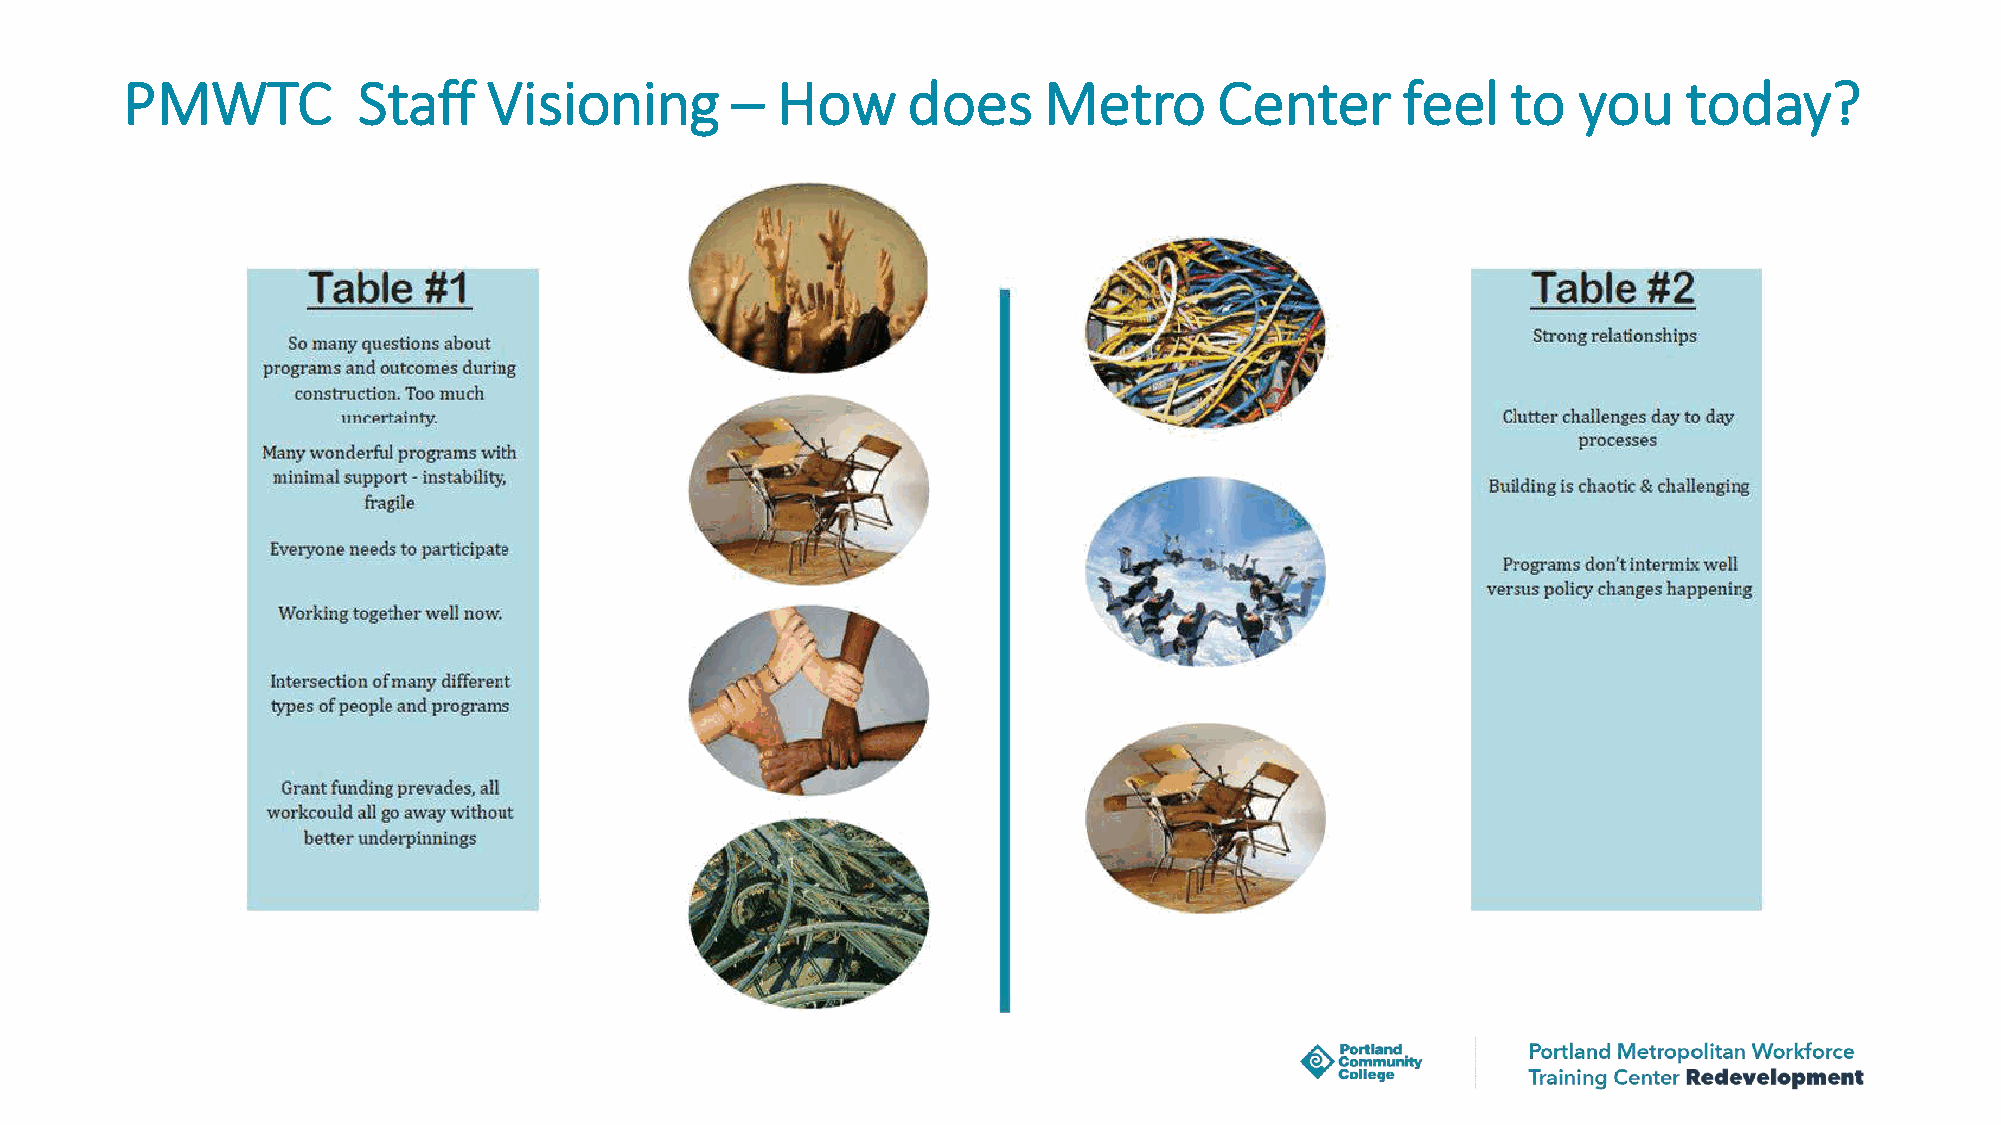
PMWTC           Staff   Visioning       –  How      does     Metro       Center      feel   to  you     today?